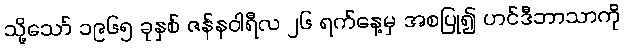
သို့သော် ၁၉၆၅ ခုနှစ် ဇန်နဝါရီလ ၂၆ ရက်နေ့မှ အစပြု၍ ဟင်ဒီဘာသာကို